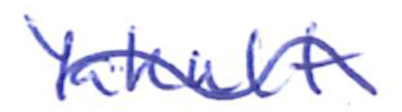
Text: Yakult
Cross-out: wave
Writing tool: ballpoint